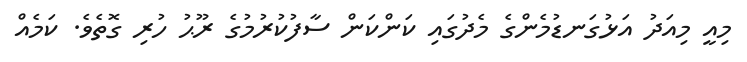
މިއީ މިއަދު އަޅުގަނޑުމެންގެ މެދުގައި ކަންކަން ސާފުކުރުމުގެ ރޫޙު ހުރި ގޮތެވެ. ކަމެއް